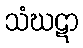
သံဃဋာ